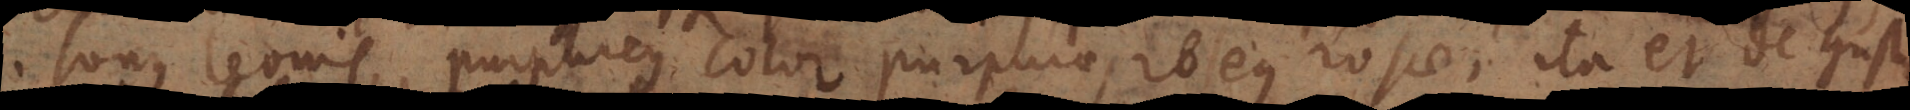
sonus leonis, purpureus color purpurae, roseus rosae, ita et de gustu.